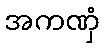
အကဏှံ